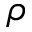
\rho